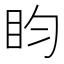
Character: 盷